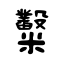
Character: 糳